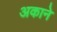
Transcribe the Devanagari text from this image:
अकाने